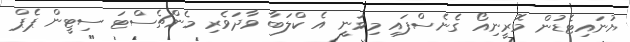
ޔުނައިޓެޑުން މޮރީނިއޯ ގެނެސްފައި މިވަނީ އެ ކްލަބާ ވާދަވެރި މެންޗެސްޓަ ސިޓީން ޕެޕް